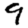
Digit: 9